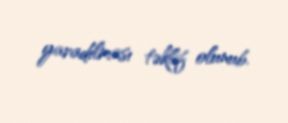
yaradılması təklif olunub.